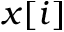
x [ i ]